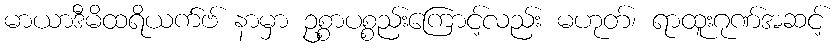
မာယာဒီမိထရိယက်ဗ် နာမှာ ဥစ္စာပစ္စည်းကြောင့်လည်း မဟုတ်၊ ရာထူးဂုဏ်အဆင့်